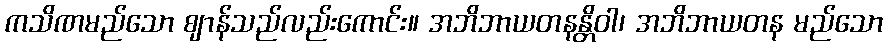
ကသိဏမည်သော ဈာန်သည်လည်းကောင်း။ အဘိဘာယတနန္တိဝါ၊ အဘိဘာယတန မည်သော